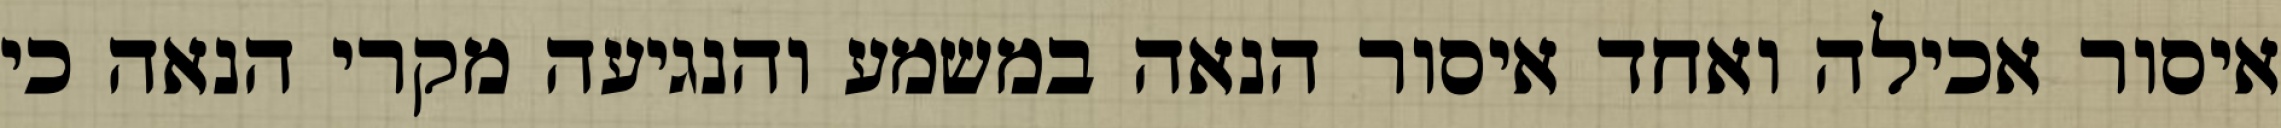
איסור אכילה ואחד איסור הנאה במשמע והנגיעה מקרי הנאה כי